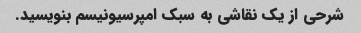
شرحی از یک نقاشی به سبک امپرسیونیسم بنویسید.